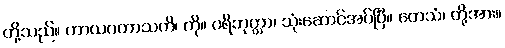
တို့သည်။ ကာယဂတာသတိ၊ ကို။ ပရိဘုတ္တာ၊ သုံးဆောင်အပ်ပြီ။ တေသံ၊ တို့အား။